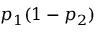
p _ { 1 } ( 1 - p _ { 2 } )